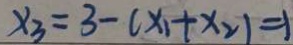
x _ { 3 } = 3 - ( x _ { 1 } + x _ { 2 } ) = 1